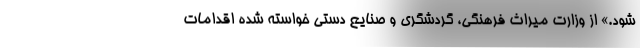
شود.» از وزارت میراث فرهنگی، گردشگری و صنایع دستی خواسته شده اقدامات